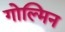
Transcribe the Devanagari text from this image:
गोल्मिन